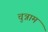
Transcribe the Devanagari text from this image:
चुन्नाम